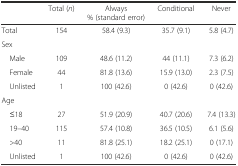
<table><thead><tr><td></td><td><b>Total (<i>n</i>)</b></td><td><b>Always % (standard error)</b></td><td><b>Conditional</b></td><td><b>Never</b></td></tr></thead><tbody><tr><td>Total</td><td>154</td><td>58.4 (9.3)</td><td>35.7 (9.1)</td><td>5.8 (4.7)</td></tr><tr><td colspan="5">Sex</td></tr><tr><td> Male</td><td>109</td><td>48.6 (11.2)</td><td>44 (11.1)</td><td>7.3 (6.2)</td></tr><tr><td> Female</td><td>44</td><td>81.8 (13.6)</td><td>15.9 (13.0)</td><td>2.3 (7.5)</td></tr><tr><td> Unlisted</td><td>1</td><td>100 (42.6)</td><td>0 (42.6)</td><td>0 (42.6)</td></tr><tr><td colspan="5">Age</td></tr><tr><td> ≤18</td><td>27</td><td>51.9 (20.9)</td><td>40.7 (20.6)</td><td>7.4 (13.3)</td></tr><tr><td> 19–40</td><td>115</td><td>57.4 (10.8)</td><td>36.5 (10.5)</td><td>6.1 (5.6)</td></tr><tr><td> &gt;40</td><td>11</td><td>81.8 (25.1)</td><td>18.2 (25.1)</td><td>0 (17.1)</td></tr><tr><td> Unlisted</td><td>1</td><td>100 (42.6)</td><td>0 (42.6)</td><td>0 (42.6)</td></tr></tbody></table>